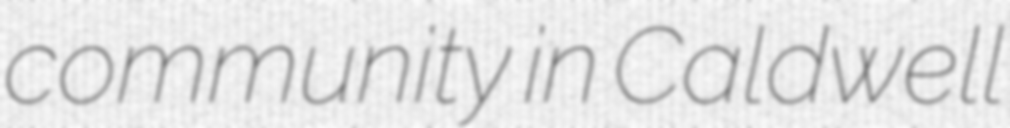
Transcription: community in Caldwell